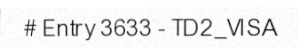
# Entry 3633 - TD2_VISA